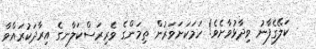
ކަލޭގެފާނު ވިދާޅުވާށެވެ! ހަމަކަށަވަރުން ތިމަންގެ ވެރިރަސްކަލާނގެ އިރާދަކުރައްވާ